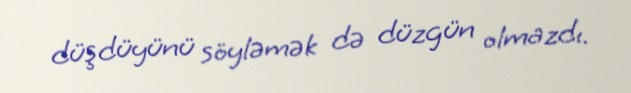
düşdüyünü söyləmək də düzgün olmazdı.